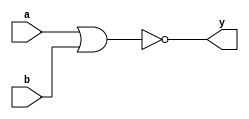
`timescale 1ns/1ps
module nor2_1x(
input a,
input b,
output y
);

assign y = ~(a|b);


specify
(a=>y)=(2.0,2.0);//Propagation delay from A to Y 0.5 when A becomes 0 to 1 0.3 when A becomes 1 to 0
(b=>y)=(2.0,2.0);
endspecify

endmodule